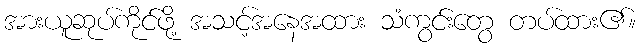
အားယူဆုပ်ကိုင်ဖို့ အသင့်အနေအထား သံကွင်းတွေ တပ်ထား၏။